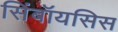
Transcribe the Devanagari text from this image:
सिंबॉयसिस